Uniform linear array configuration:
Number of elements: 8
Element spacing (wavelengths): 1
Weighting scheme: hamming
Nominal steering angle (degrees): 15
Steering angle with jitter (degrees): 13.595
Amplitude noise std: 0.05
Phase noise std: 0.05

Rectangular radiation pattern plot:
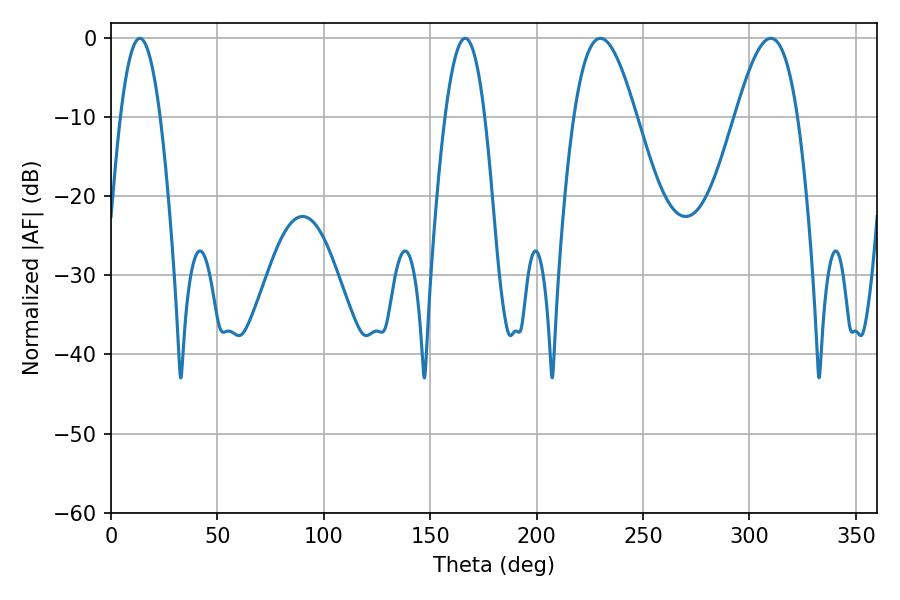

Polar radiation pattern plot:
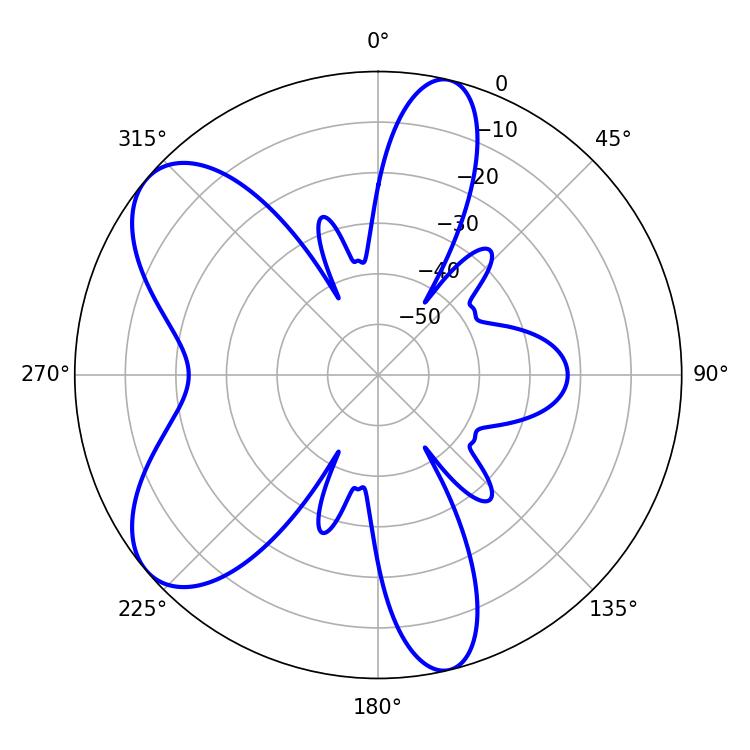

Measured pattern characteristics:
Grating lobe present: TRUE
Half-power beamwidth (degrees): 15.84
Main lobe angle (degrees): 230.04